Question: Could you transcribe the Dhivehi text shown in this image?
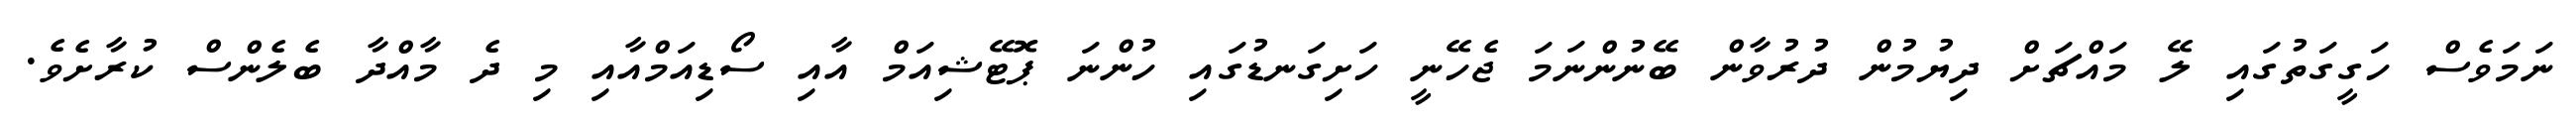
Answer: ނަމަވެސް ހަގީގަތުގައި ލޭ މައްޗަށް ދިޔުމުން ދުރުވާން ބޭނުންނަމަ ޖެހޭނީ ހަށިގަނޑުގައި ހުންނަ ޕޮޓޭޝިއަމް އާއި ސޯޑިއަމްއާއި މި ދެ މާއްދާ ބެލެންސް ކުރާށެވެ.